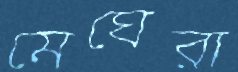
মেঘেরা